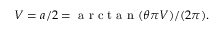
V = a / 2 = \mathrm { ~ a ~ r ~ c ~ t ~ a ~ n ~ } ( \theta \pi V ) / ( 2 \pi ) .